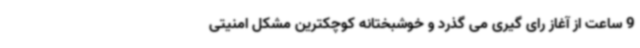
9 ساعت از آغاز رای گیری می گذرد و خوشبختانه کوچکترین مشکل امنیتی